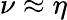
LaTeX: \nu\approx\eta